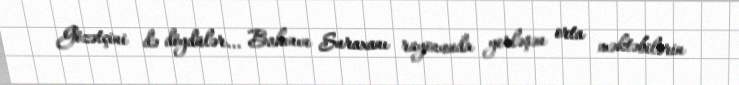
Gözətçini də döydülər... Bakının Suraxanı rayonunda yerləşən orta məktəbilərin